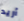
أريد